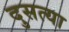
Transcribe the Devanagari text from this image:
दुसत्‍या